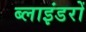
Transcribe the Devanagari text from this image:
ब्लाइंडरों